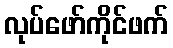
လုပ်ဖော်ကိုင်ဖက်